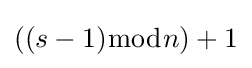
((s-1){\bmod {n}})+1